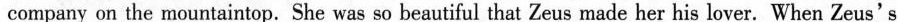
company on the mountaintop.She was so beautiful that Zeus made her his lover. When Zeus's